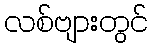
လစ်ဗျားတွင်